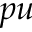
p u